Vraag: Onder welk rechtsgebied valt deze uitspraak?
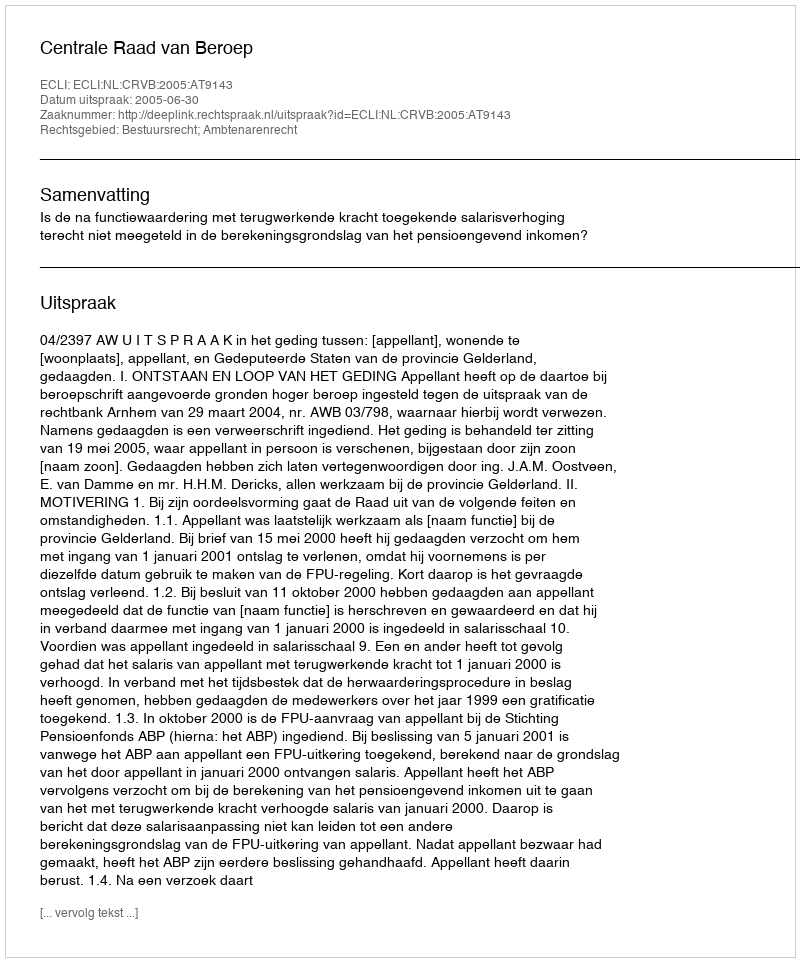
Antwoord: Bestuursrecht; Ambtenarenrecht